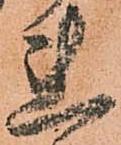
れ